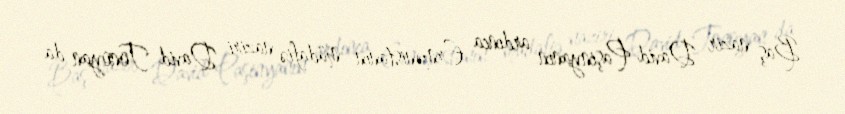
Baş nazir David Paşinyanın ardınca Ermənistanın müdafiə naziri David Tonoyan da